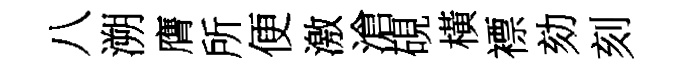
八溯膺所便激滄硯橫褾劾刻